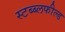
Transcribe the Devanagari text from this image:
स्टब्ब्लफील्ड